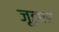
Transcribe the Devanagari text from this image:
जूझार